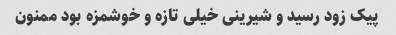
پیک زود رسید و شیرینی خیلی تازه و خوشمزه بود ممنون